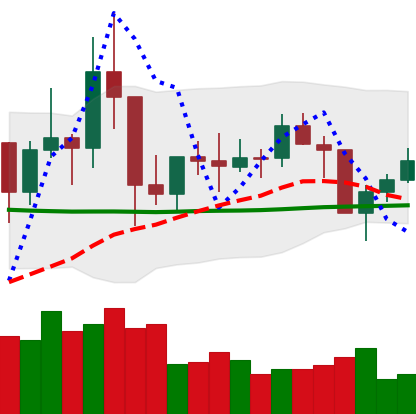
Ticker: TRX-USD
Chart end date: 2021-01-24
Forward return: 10.913%
Label: up_7plus